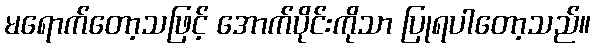
မရောက်တော့သဖြင့် အောက်ပိုင်းကိုသာ ပြုရပါတော့သည်။